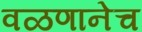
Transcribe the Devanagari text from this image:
वळणानेच